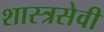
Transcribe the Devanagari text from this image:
शास्त्रसेवी